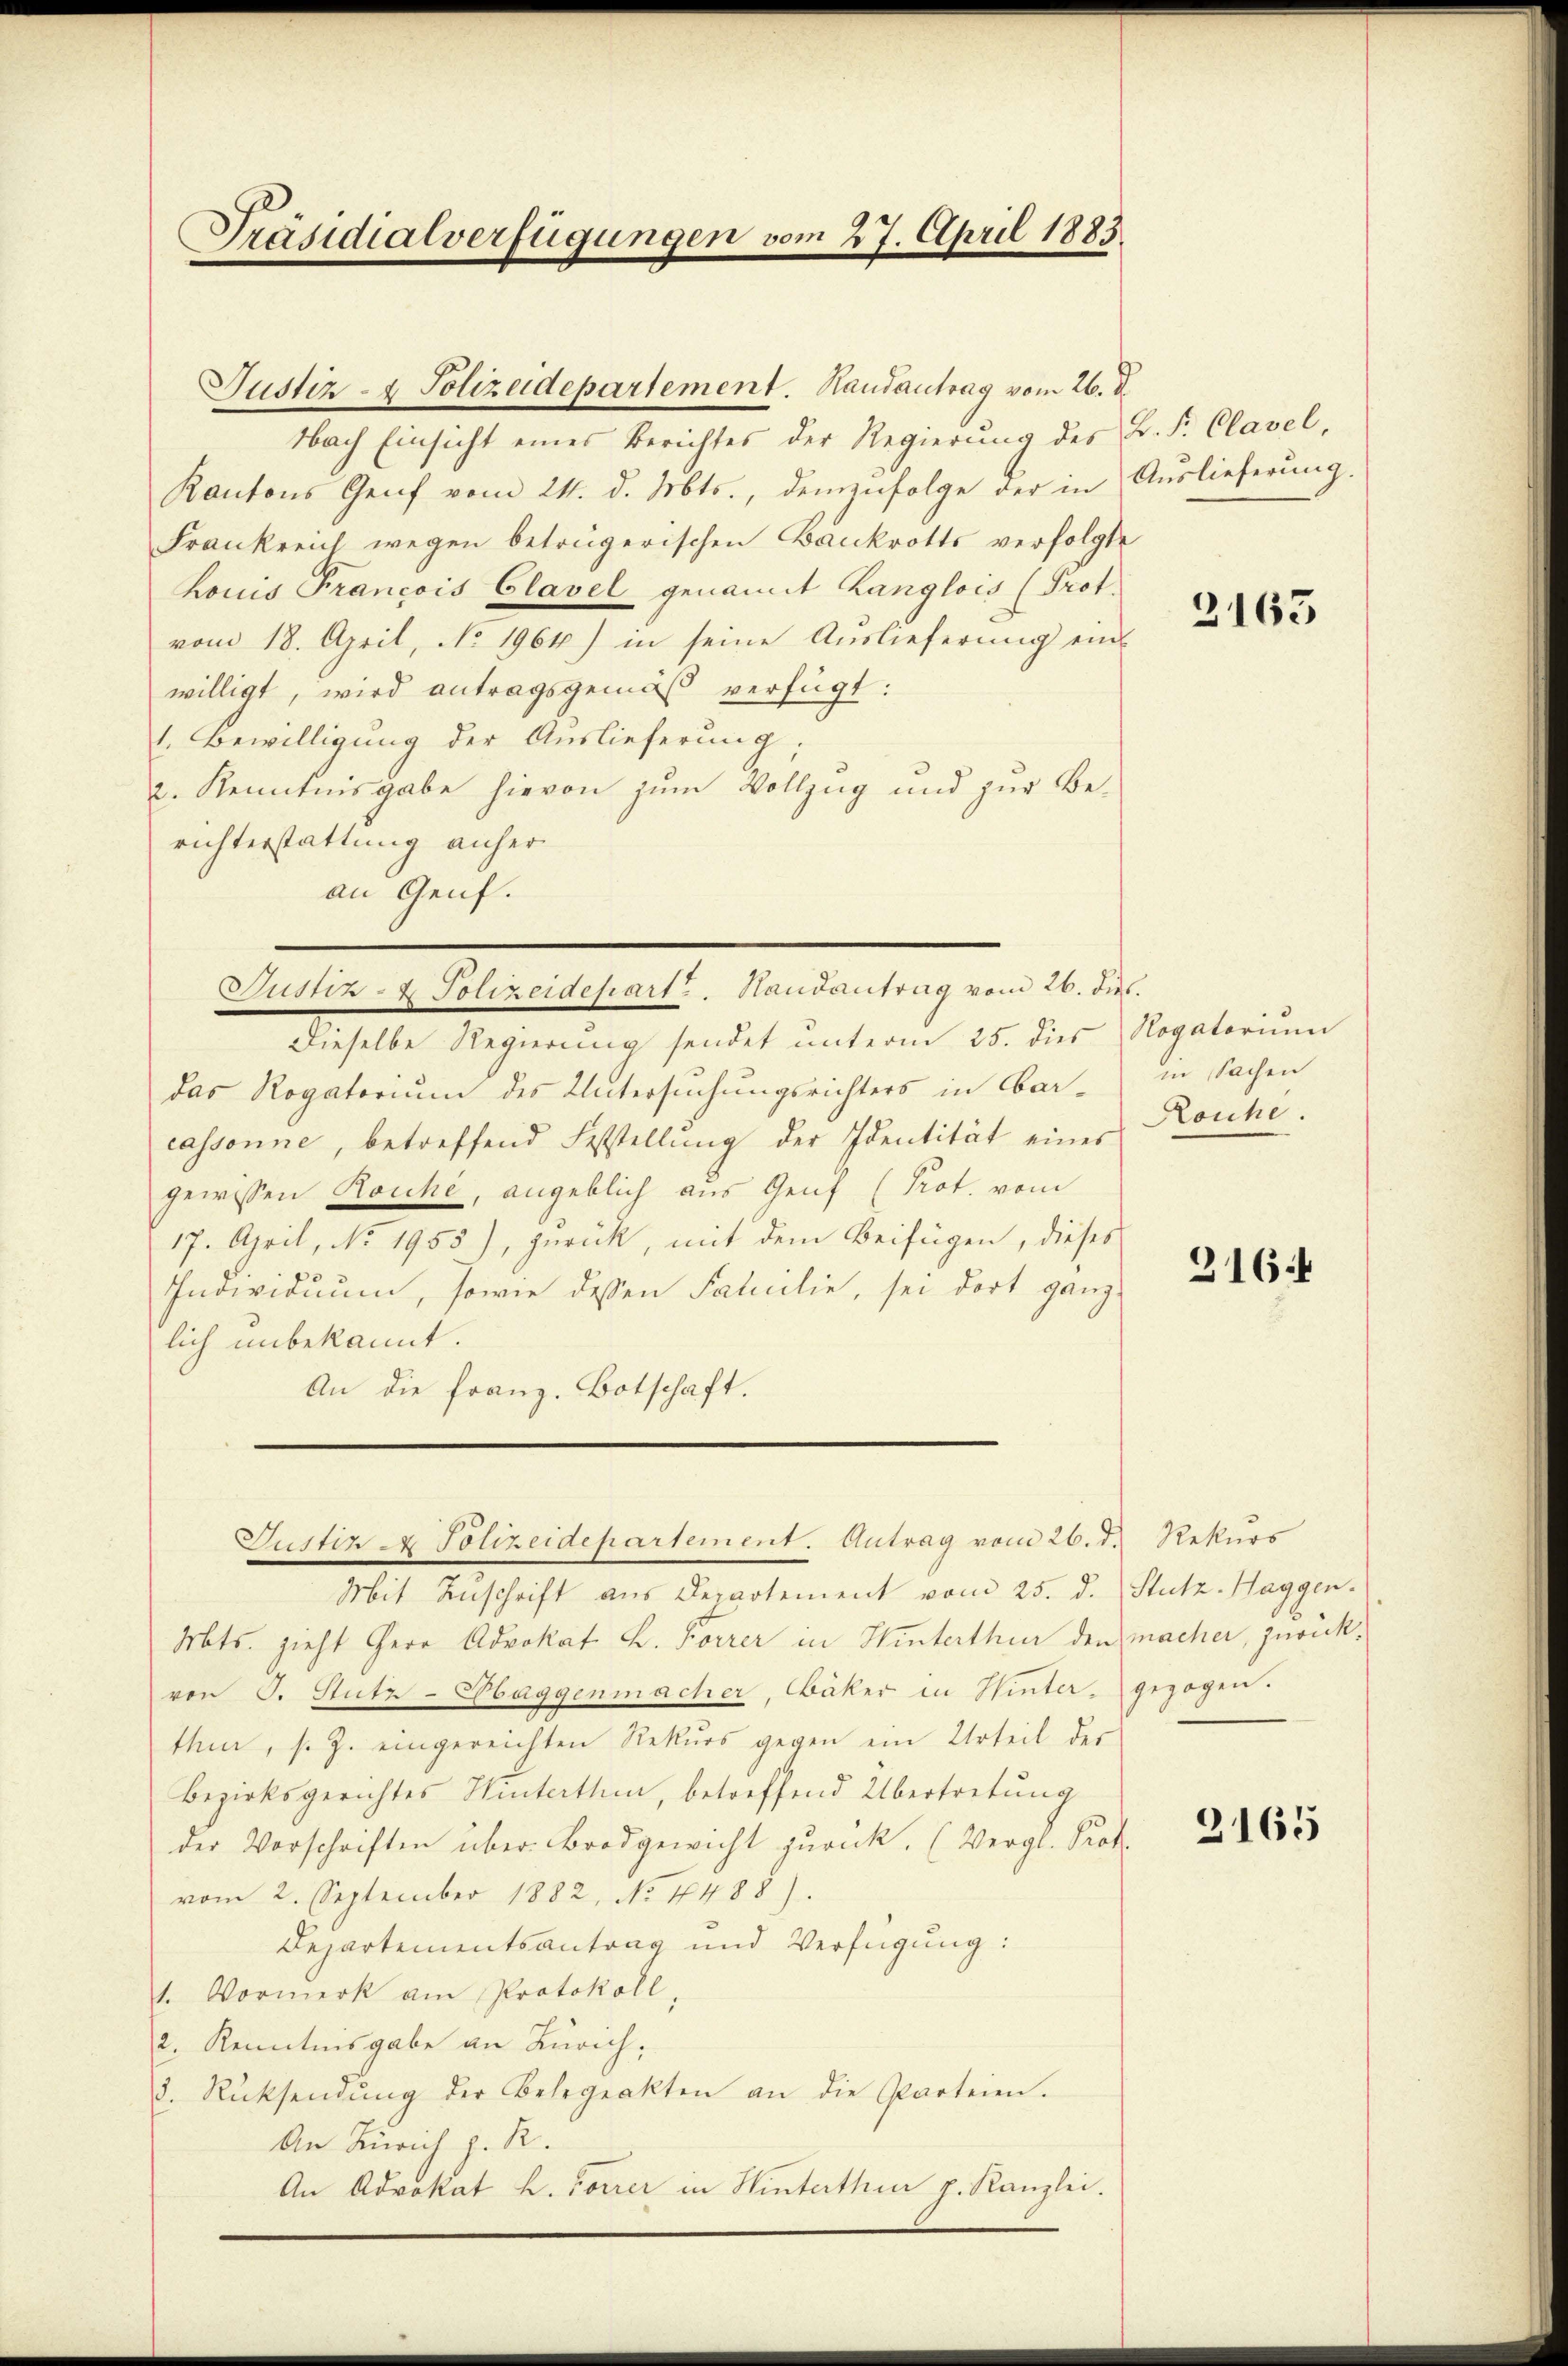
Präsidialverfügungen vom 27. April 1883.

Nach Einsicht eines Berichtes der Regierŭng des B. F. Clavel,
Kantons Genf vom 24. d. Mts., demzufolge der in
Frankreich wegen betrügerischen Bankrotts verfolgte
houis Francois Clavel genannt Langlois (Prot.
vom 18. April, No. 1964) in seine Auslieferung ein
willigt, wird antragsgemäß verfügt:
1. Bewilligung der Auslieferung;
2. Kenntnisgabe hievon zum Vollzug und zur Berichterstattung anher
an Genf.

Justiz- & Polizeidepartement. Handantrag vom 26. d.

Justiz- & Polizeidepart u. Handantrag vom 26. ds.

Dieselbe Regierung sendet ŭnterm 25. dies Rogatoriŭm
das Rogatorium des Untersuchungsrichters in Aarcassonne, betreffend Feststellŭng der Identität einer Kouhe.
gewissen Kouche, angeblich aus Genf (Prot. vom
17. April, No. 1955), zurück, mit dem Beifügen, dieses
Individuum, sowie dessen Familie, sei dort ganz
lich unbekannt.
An die Franz. Botschaft.

Justiz & Polizeidepartement. Antrag vom 26. d. Rekurs

Mts. zieht Herr Advokat L. Forrer in Hinterthur den macher, zurückvon J. Stutz-Haggenmacher, Bäker in Winter, gezogen.
thur, s. Z. eingereichten Rekŭrs gegen ein Urteil der
Bezirksgerichtes Hinterthen, betreffend Übertretung
der Vorschriften über Brodgewicht zurück. (Vergl. Prof.
vom 2. September 1882, No 1488).
Departementsantrag und Verfügung:
1. Vormerk am Protokoll,
2. Kenntnisgabe an Zürich,
8. Rücksendŭng der Belegeakten an die Parteien.
An Zürich z. R.
An Advokat H. Forrer in Hinterthur p. Kanzlei.

Mit Anschrift aus Departement vom 25. d. Stutz-Haggen-

Auslieferung.

3163

in Sachen

316.

2165